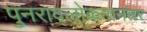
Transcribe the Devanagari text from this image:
पुनरावलोकनानंतर